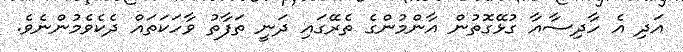
އަދި އެ ހާދިސާއާ ގުޅޭގޮތުން އާންމުންގެ ތެރޭގައި ދަނީ ތަފާތު ވާހަކަތައް ދެކެވެމުންނެވެ.